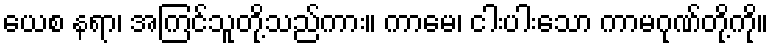
ယေစ နရာ၊ အကြင်သူတို့သည်ကား။ ကာမေ၊ ငါးပါးသော ကာမဂုဏ်တို့ကို။